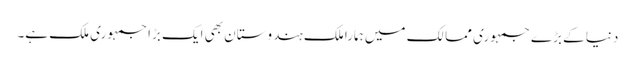
دنیا کے بڑے جمہوری ممالک میں ہمارا ملک ہندوستان بھی ایک بڑا جمہوری ملک ہے۔